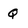
Character: q